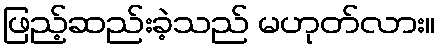
ဖြည့်ဆည်းခဲ့သည် မဟုတ်လား။